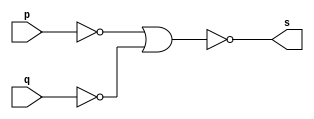
// ---------------------
// Guia 02 - Exercicio 02 - AND
// Nome: Paulo Ricardo Bastos de Souza
// ---------------------

// ---------------------
// -- and gate
// ---------------------

module andgate (s, p, q);
 output s;
 input  p, q;
 wire temp1, temp2;
 
 nor NOR1 (temp1, p);
 nor NOR2 (temp2, q);
 
 assign s = ~(temp1 | temp2);

endmodule // andgate

// ---------------------
// -- test andgate
// ---------------------

module testandgate;
 reg   a, b;
 wire  s;
          // instancia
 andgate AND1 (s, a, b);

 initial begin:start
      a=0; b=0;
 end

          // parte principal
 initial begin:main
      $display("Guia 02 - Exercicio 02 - Paulo Ricardo Bastos de Souza - 405828");
      $display("Test and gate");
      $display("\na & b = s\n");
      $monitor("%b & %b = %b", a, b, s);
  #1 a=0; b=1; 
  #1 a=1; b=0; 
  #1 a=1; b=1; 
 end

endmodule // andgate